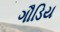
ગૌડિય